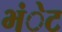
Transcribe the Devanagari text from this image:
भंेट